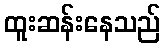
ထူးဆန်းနေသည်